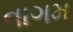
વાગમ